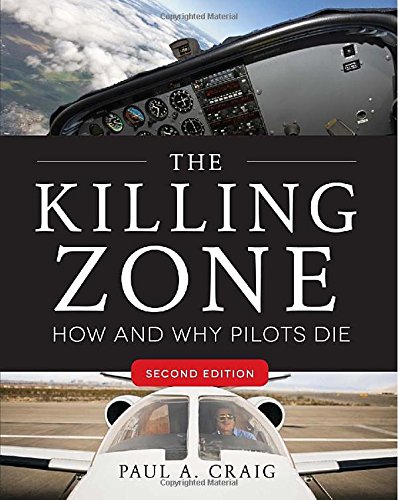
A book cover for The Killing Zone, Second Edition: How & Why Pilots Die; Paul Craig; Engineering & Transportation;